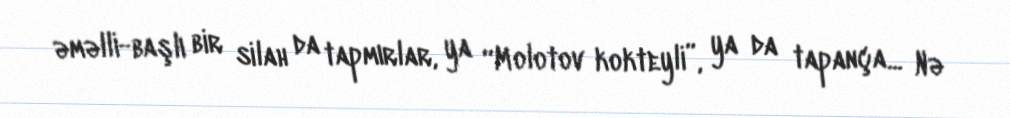
əməlli-başlı bir silah da tapmırlar, ya “Molotov kokteyli”, ya da tapança... Nə